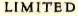
LIMITED